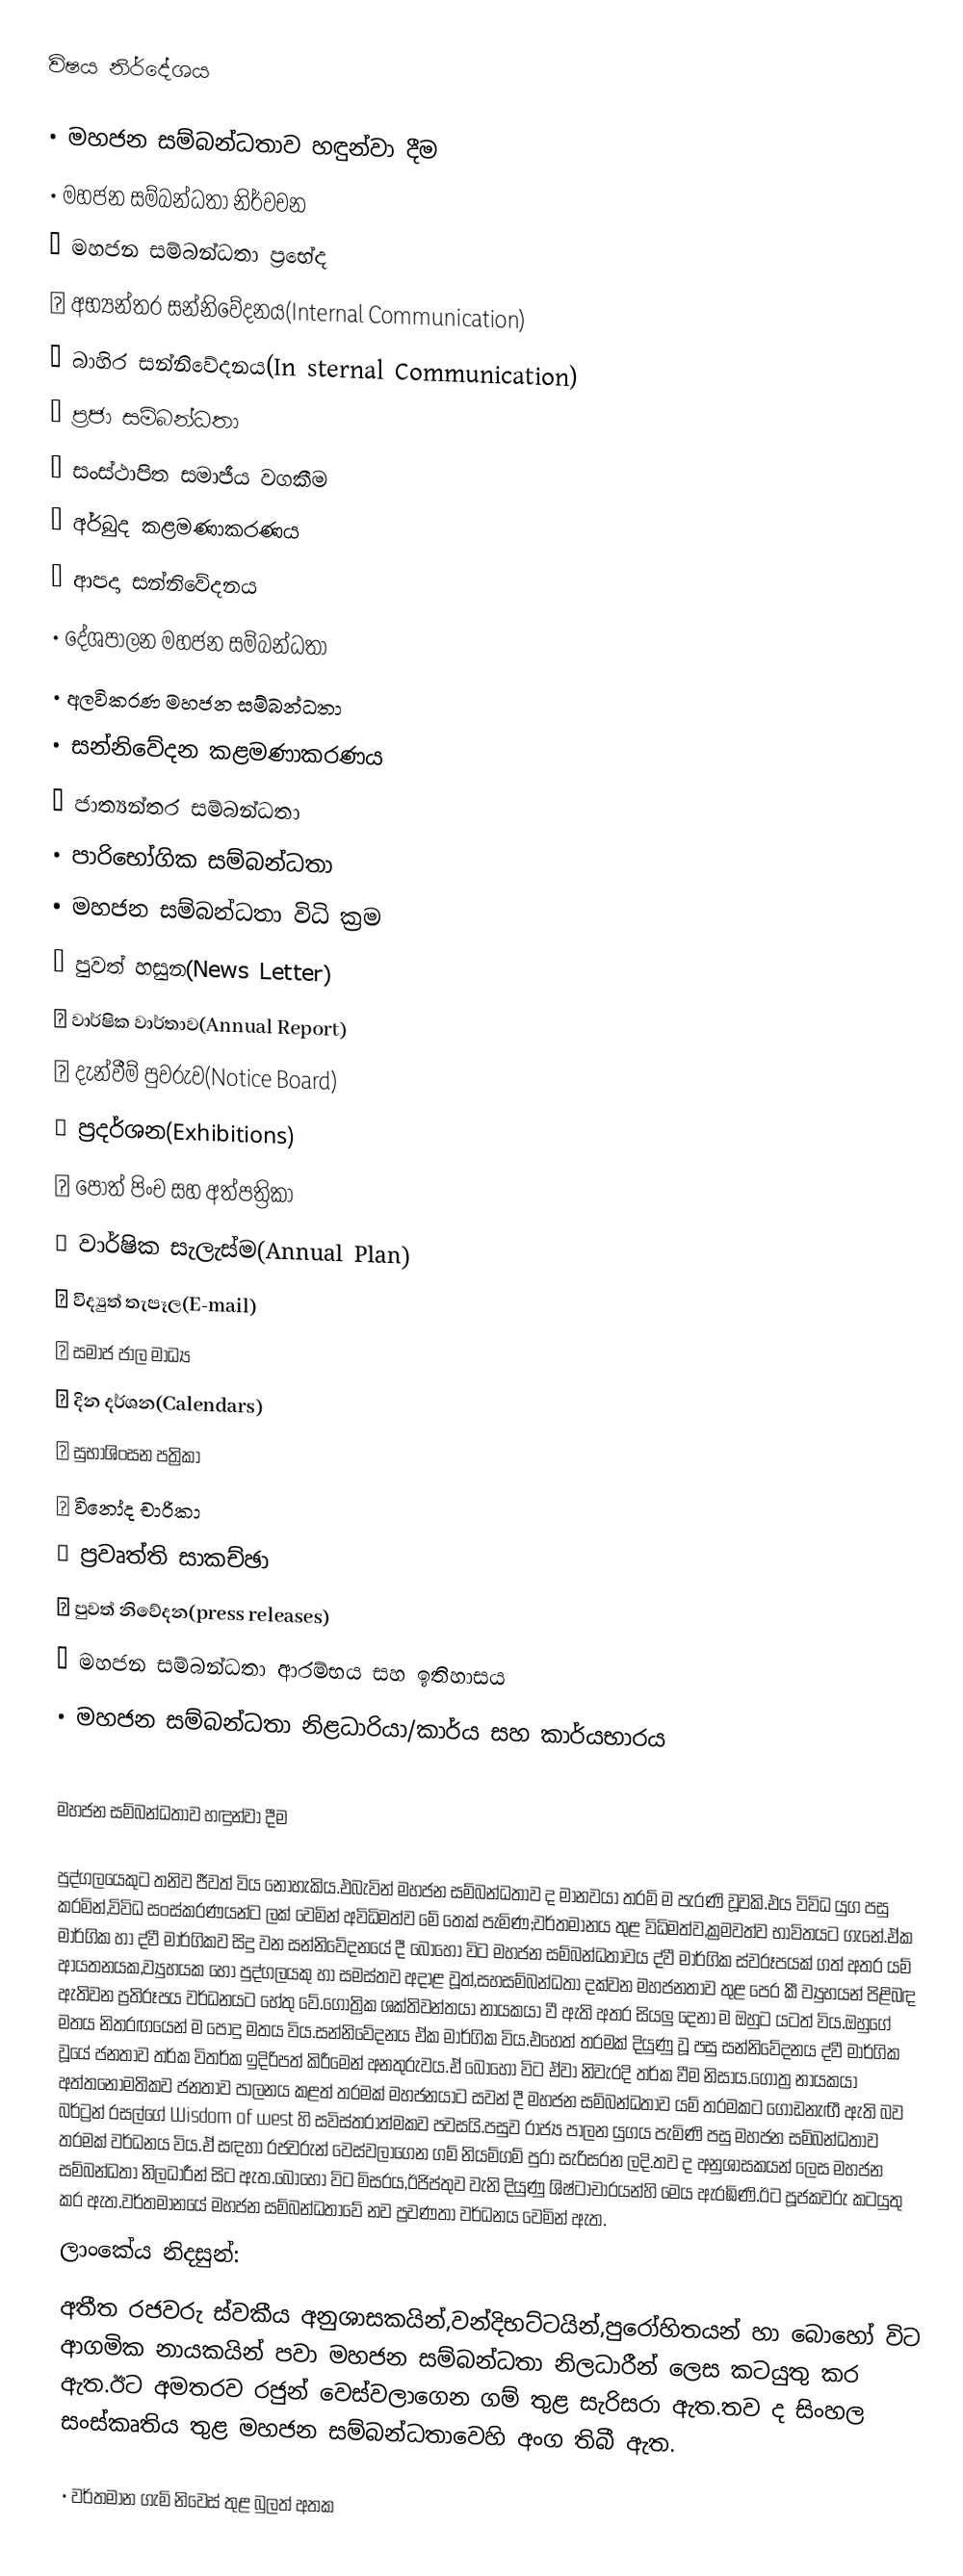
විෂය නිර්දේශය

•	මහජන සම්බන්ධතාව හඳුන්වා දීම
•	මහජන සම්බන්ධතා නිර්වචන
•	මහජන සම්බන්ධතා ප්‍රභේද
	අභ්‍යන්තර සන්නිවේදනය(Internal Communication)
	බාහිර සන්නිවේදනය(In sternal Communication)
•	ප්‍රජා සම්බන්ධතා
•	සංස්ථාපිත සමාජීය වගකීම
•	අර්බුද කළමණාකරණය
•	ආපදා සන්නිවේදනය
•	දේශපාලන මහජන සම්බන්ධතා
•	අලවිකරණ මහජන සම්බන්ධතා
•	සන්නිවේදන කළමණාකරණය
•	ජාත්‍යන්තර සම්බන්ධතා
•	පාරිභෝගික සම්බන්ධතා
•	මහජන සම්බන්ධතා විධි ක්‍රම
	පුවත් හසුන(News Letter)
	වාර්ෂික වාර්තාව(Annual Report)
	දැන්වීම් පුවරුව(Notice Board)
	ප්‍රදර්ශන(Exhibitions)
	පොත් පිංච සහ අත්පත්‍රිකා
	වාර්ෂික සැලැස්ම(Annual Plan)
	විද්‍යුත් තැපෑල(E-mail)
	සමාජ ජාල මාධ්‍ය
	දින දර්ශන(Calendars)
	සුභාශිංසන පත්‍රිකා
	විනෝද චාරිකා
	ප්‍රවෘත්ති සාකච්ඡා
	පුවත් නිවේදන(press releases)
•	මහජන සම්බන්ධතා ආරම්භය සහ ඉතිහාසය
•	මහජන සම්බන්ධතා නිළධාරියා/කාර්ය සහ කාර්යභාරය

                                         මහජන සම්බන්ධතාව හඳුන්වා දීම

පුද්ගලයෙකුට තනිව ජීවත් විය නොහැකිය.එබැවින් මහජන සම්බන්ධතාව ද මානවයා තරම් ම පැරණි වූවකි.එය විවිධ යුග පසු කරමින්,විවිධ සංස්කරණයන්ට ලක් වෙමින් අවිධිමත්ව මේ තෙක් පැමිණ;වර්තමානය තුළ විධිමත්ව,ක්‍රමවත්ව භාවිතයට ගැනේ.ඒක මාර්ගික හා ද්වී මාර්ගිකව සිදු වන සන්නිවේදනයේ දී බොහෝ විට මහජන සම්බන්ධතාවය ද්වී මාර්ගික ස්වරූපයක් ගත් අතර යම් ආයතනයක,ව්‍යුහයක හෝ පුද්ගලයකු හා සමස්තව අදාළ වූත්,සහසම්බන්ධතා දක්වන මහජනතාව තුළ පෙර කී ව්‍යුහයන් පිළිබඳ ඇතිවන ප්‍රතිරූපය වර්ධනයට හේතු වේ.ගෝත්‍රික ශක්තිවන්තයා නායකයා වී ඇති අතර සියලු දෙනා ම ඔහුට යටත් විය.ඔහුගේ මතය නිතරඟයෙන් ම පොදු මතය විය.සන්නිවේදනය ඒක මාර්ගික විය.එහෙත් තරමක් දියුණු වූ පසු සන්නිවේදනය ද්වී මාර්ගික වූයේ ජනතාව තර්ක විතර්ක ඉදිරිපත් කිරීමෙන් අනතුරුවය.ඒ බොහෝ විට ඒවා නිවැරදි තර්ක වීම නිසාය.ගෝත්‍ර නායකයා අත්තනෝමතිකව ජනතාව පාලනය කළත් තරමක් මහජනයාට සවන් දී මහජන සම්බන්ධතාව යම් තරමකට ගොඩනැඟී ඇති බව බර්ට්‍රන් රසල්ගේ Wisdom of west හි සවිස්තරාත්මකව පවසයි.පසුව රාජ්‍ය පාලන යුගය පැමිණි පසු මහජන සම්බන්ධතාව තරමක් වර්ධනය විය.ඒ සඳහා රජවරුන් වෙස්වලාගෙන ගම් නියම්ගම් පුරා සැරිසරන ලදි.තව ද අනුශාසකයන් ලෙස මහජන සම්බන්ධතා නිලධාරීන් සිට ඇත.බොහෝ විට මිසරය,ඊජිප්තුව වැනි දියුණු ශිෂ්ටාචාරයන්හි මෙය ඇරඹිණි.ඊට පූජකවරු කටයුතු කර ඇත.වර්තමානයේ මහජන සම්බන්ධතාවේ නව ප්‍රවණතා වර්ධනය වෙමින් ඇත.
ලාංකේය නිදසුන්:
අතීත රජවරු ස්වකීය අනුශාසකයින්,වන්දිභට්ටයින්,පුරෝහිතයන් හා බොහෝ විට ආගමික නායකයින් පවා මහජන සම්බන්ධතා නිලධාරීන් ලෙස කටයුතු කර ඇත.ඊට අමතරව රජුන් වෙස්වලාගෙන ගම් තුළ සැරිසරා ඇත.තව ද සිංහල සංස්කෘතිය තුළ මහජන සම්බන්ධතාවෙහි අංග තිබී ඇත.

•	වර්තමාන ගැමි නිවෙස් තුළ බුලත් අතක